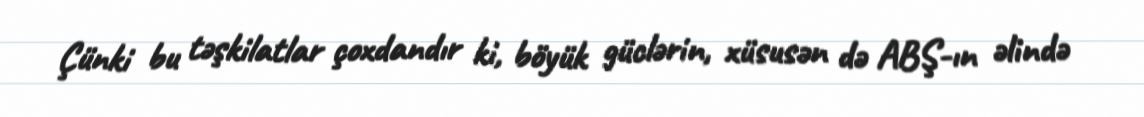
Çünki bu təşkilatlar çoxdandır ki, böyük güclərin, xüsusən də ABŞ-ın əlində